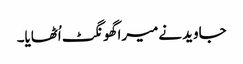
جاوید نےمیرا گھونگٹ اُٹھایا۔